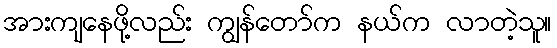
အားကျနေဖို့လည်း ကျွန်တော်က နယ်က လာတဲ့သူ။